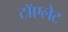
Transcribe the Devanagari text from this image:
टॉएलेट